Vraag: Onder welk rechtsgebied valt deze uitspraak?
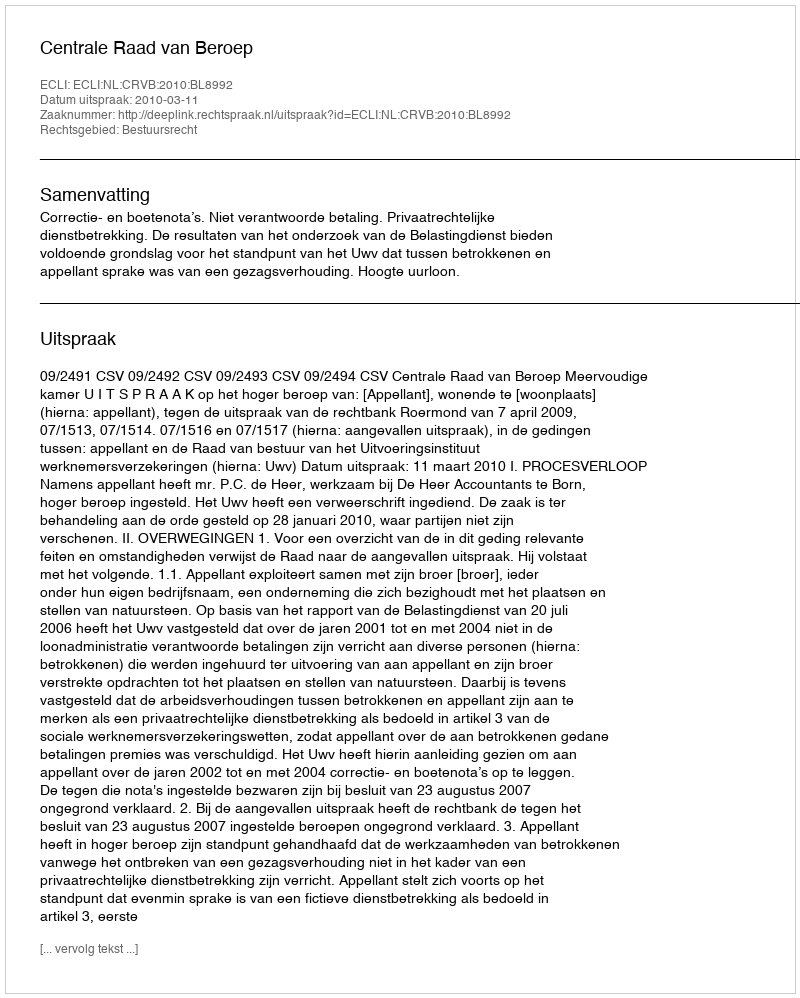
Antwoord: Bestuursrecht